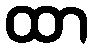
ထာ